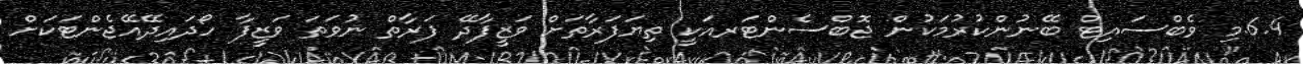
6.4.މި ވެބްސައިޓް ބޭނުންކުރުމަކުން ޖޮބްސެންޓަރއަކީ ތިޔަފަރާތަށް ވަޒީފާދޭ ފަރާތް ނުވަތަ ވަޒީފާ ހޯދައިދޭއޭޖެންޓަކަށް